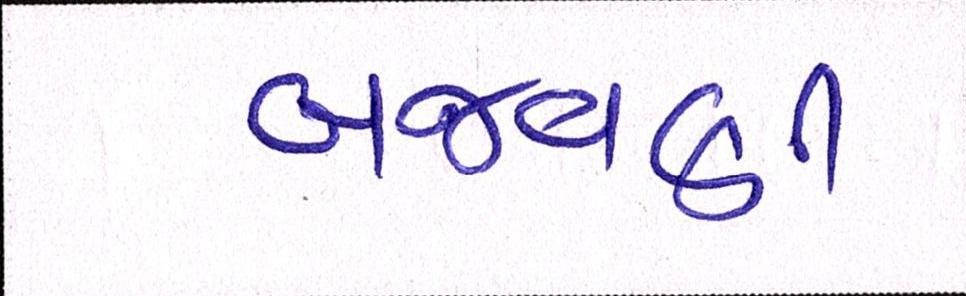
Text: બજવણી